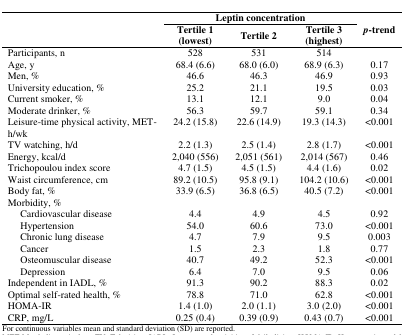
<table><thead><tr><td rowspan="2"></td><td colspan="3"><b>Leptin concentration</b></td><td rowspan="2"><b><i>p</i>-trend</b></td></tr><tr><td><b>Tertile 1(lowest)</b></td><td><b>Tertile 2</b></td><td><b>Tertile 3(highest)</b></td></tr></thead><tbody><tr><td>Participants, n</td><td>528</td><td>531</td><td>514</td><td></td></tr><tr><td>Age, y</td><td>68.4 (6.6)</td><td>68.0 (6.0)</td><td>68.9 (6.3)</td><td>0.17</td></tr><tr><td>Men, %</td><td>46.6</td><td>46.3</td><td>46.9</td><td>0.93</td></tr><tr><td>University education, %</td><td>25.2</td><td>21.1</td><td>19.5</td><td>0.03</td></tr><tr><td>Current smoker, %</td><td>13.1</td><td>12.1</td><td>9.0</td><td>0.04</td></tr><tr><td>Moderate drinker, %</td><td>56.3</td><td>59.7</td><td>59.1</td><td>0.34</td></tr><tr><td>Leisure-time physical activity, MET-h/wk</td><td>24.2 (15.8)</td><td>22.6 (14.9)</td><td>19.3 (14.3)</td><td>&lt;0.001</td></tr><tr><td>TV watching, h/d</td><td>2.2 (1.3)</td><td>2.5 (1.4)</td><td>2.8 (1.7)</td><td>&lt;0.001</td></tr><tr><td>Energy, kcal/d</td><td>2,040 (556)</td><td>2,051 (561)</td><td>2,014 (567)</td><td>0.46</td></tr><tr><td>Trichopoulou index score</td><td>4.7 (1.5)</td><td>4.5 (1.5)</td><td>4.4 (1.6)</td><td>0.02</td></tr><tr><td>Waist circumference, cm</td><td>89.2 (10.5)</td><td>95.8 (9.1)</td><td>104.2 (10.6)</td><td>&lt;0.001</td></tr><tr><td>Body fat, %</td><td>33.9 (6.5)</td><td>36.8 (6.5)</td><td>40.5 (7.2)</td><td>&lt;0.001</td></tr><tr><td>Morbidity, %</td><td></td><td></td><td></td><td></td></tr><tr><td> Cardiovascular disease</td><td>4.4</td><td>4.9</td><td>4.5</td><td>0.92</td></tr><tr><td> Hypertension</td><td>54.0</td><td>60.6</td><td>73.0</td><td>&lt;0.001</td></tr><tr><td> Chronic lung disease</td><td>4.7</td><td>7.9</td><td>9.5</td><td>0.003</td></tr><tr><td> Cancer</td><td>1.5</td><td>2.3</td><td>1.8</td><td>0.77</td></tr><tr><td> Osteomuscular disease</td><td>40.7</td><td>49.2</td><td>52.3</td><td>&lt;0.001</td></tr><tr><td> Depression</td><td>6.4</td><td>7.0</td><td>9.5</td><td>0.06</td></tr><tr><td>Independent in IADL, %</td><td>91.3</td><td>90.2</td><td>88.3</td><td>0.02</td></tr><tr><td>Optimal self-rated health, %</td><td>78.8</td><td>71.0</td><td>62.8</td><td>&lt;0.001</td></tr><tr><td>HOMA-IR</td><td>1.4 (1.0)</td><td>2.0 (1.1)</td><td>3.0 (2.0)</td><td>&lt;0.001</td></tr><tr><td>CRP, mg/L</td><td>0.25 (0.4)</td><td>0.39 (0.9)</td><td>0.43 (0.7)</td><td>&lt;0.001</td></tr></tbody></table>